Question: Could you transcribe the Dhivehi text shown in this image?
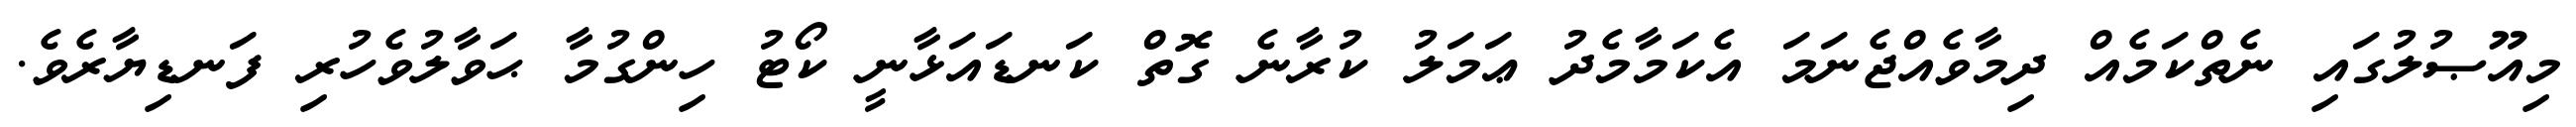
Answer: މިއޫޞުލުގައި ނެތްކަމެއް ދިމާވެއްޖެނަމަ އެކަމާމެދު ޢަމަލު ކުރާނެ ގޮތް ކަނޑައަޅާނީ ކޯޓު ހިންގުމާ ޙަވާލުވެހުރި ފަނޑިޔާރެވެ.